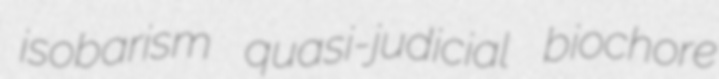
isobarism quasi-judicial biochore